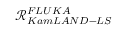
\mathcal { R } _ { K a m L A N D - L S } ^ { F L U K A }